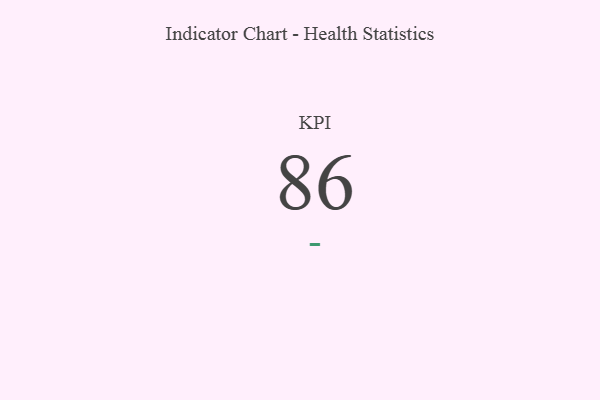
{"axis": {"x": "KPI", "y": "Value"}, "legend": [""], "data": [{"x": "KPI", "y": 86, "type": ""}]}